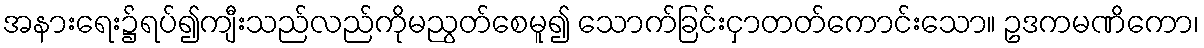
အနားရေး၌ရပ်၍ကျီးသည်လည်ကိုမညွတ်စေမူ၍ သောက်ခြင်းငှာတတ်ကောင်းသော။ ဥဒကမဏိကော၊